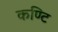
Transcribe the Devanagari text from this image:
कण्टि